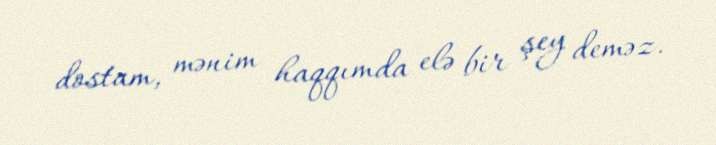
dostam, mənim haqqımda elə bir şey deməz.